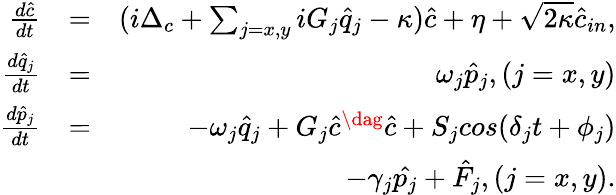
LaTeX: \begin{array}{rlr}{\frac{d\hat{c}}{dt}}&{=}&{(i\Delta_{c}+\sum_{j=x,y}iG_{j}\hat{q}_{j}-\kappa)\hat{c}+\eta+\sqrt{2\kappa}\hat{c}_{in},}\\ {\frac{d\hat{q}_{j}}{dt}}&{=}&{\omega_{j}\hat{p}_{j},(j=x,y)}\\ {\frac{d\hat{p}_{j}}{dt}}&{=}&{-\omega_{j}\hat{q}_{j}+G_{j}\hat{c}^{\dag}\hat{c}+S_{j}cos(\delta_{j}t+\phi_{j})}\\ &{}&{-\gamma_{j}\hat{p_{j}}+\hat{F}_{j},(j=x,y).}\end{array}